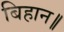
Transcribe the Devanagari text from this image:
बिहान॥